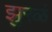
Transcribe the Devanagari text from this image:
झुरळं